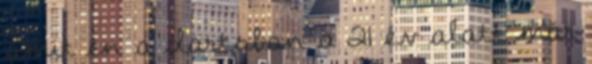
amit én a dartsban a 21 év alatt már